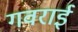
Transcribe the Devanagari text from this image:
गवराई